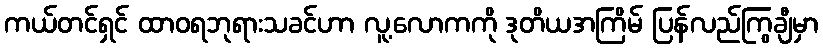
ကယ်တင်ရှင် ထာဝရဘုရားသခင်ဟာ လူ့လောကကို ဒုတိယအကြိမ် ပြန်လည်ကြွချီမှာ